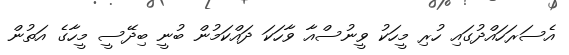
އެސަރަހައްދުގައި ހުރި މީހަކު ވީނުސްއާ ވާހަކަ ދައްކަމުން ބުނީ ބިދޭސީ މީހާގެ އަތުން